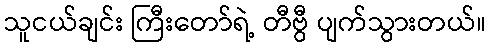
သူငယ်ချင်း ကြီးတော်ရဲ့ တီဗွီ ပျက်သွားတယ်။